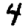
Digit: 4